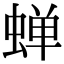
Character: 蝉